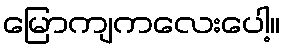
မြောကျကလေးပေါ့။